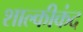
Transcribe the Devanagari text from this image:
शाल्कीकंद